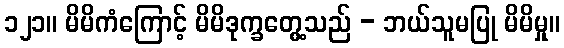
၁၂၁။ မိမိကံကြောင့် မိမိဒုက္ခတွေ့သည် - ဘယ်သူမပြု မိမိမှု။